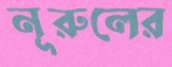
নূরুলের